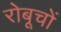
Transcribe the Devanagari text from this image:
रोबूचों